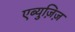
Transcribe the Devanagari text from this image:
एब्युज़िज़